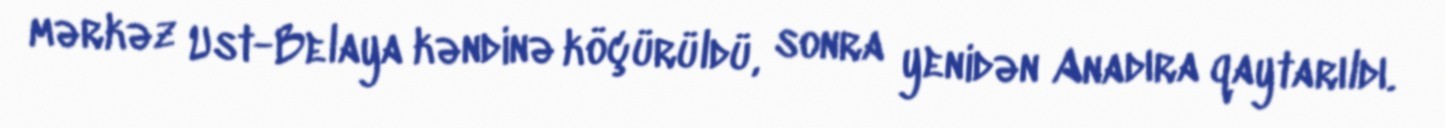
mərkəz Ust-Belaya kəndinə köçürüldü, sonra yenidən Anadıra qaytarıldı.